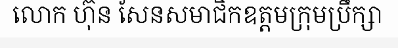
លោក ហ៊ុន សែនសមាជិកឧត្តមក្រុមប្រឹក្សា